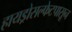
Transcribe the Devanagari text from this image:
हायड्रोसल्फेटपासून